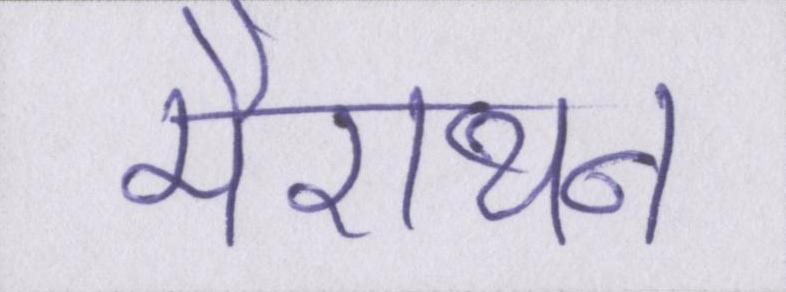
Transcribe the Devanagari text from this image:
मैराथन